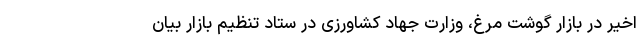
اخیر در بازار گوشت مرغ، وزارت جهاد کشاورزی در ستاد تنظیم بازار بیان